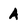
Character: A